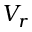
V _ { r }